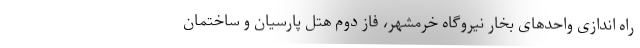
راه اندازی واحدهای بخار نیروگاه خرمشهر، فاز دوم هتل پارسیان و ساختمان